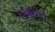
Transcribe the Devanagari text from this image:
अभूतपर्वू